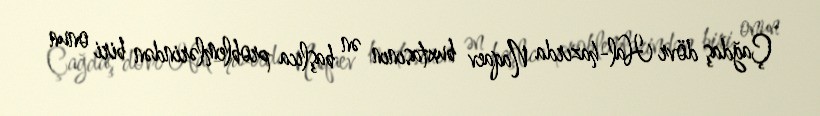
Çağdaş dövr Hal-hazırda Naqaev buxtasının ən başlıca problemlərindən biri onun